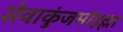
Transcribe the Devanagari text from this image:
सेवाकुंजमोहल्ला